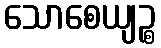
သောစေယျဉ္စ